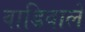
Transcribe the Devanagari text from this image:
वाडिवाले